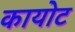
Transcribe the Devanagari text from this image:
कायोट